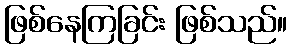
ဖြစ်နေကြခြင်း ဖြစ်သည်။